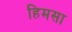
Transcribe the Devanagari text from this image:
हिमसा